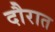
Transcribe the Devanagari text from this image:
दौरात